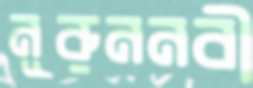
নূরুননবী